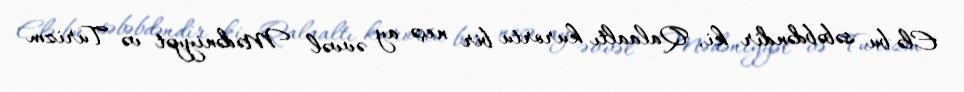
Elə bu səbəbdəndir ki, Qalaaltı kurortu bir neçə ay əvvəl Mədəniyyət və Turizm